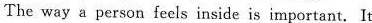
The way a person feels inside is important,It